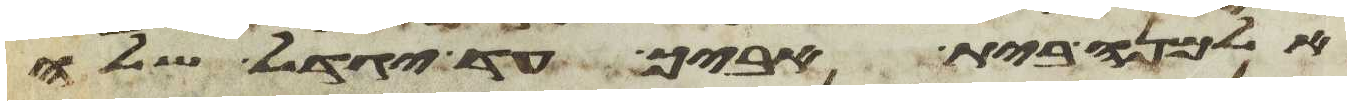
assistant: אלמנה בית אביך עד יגדל שלה